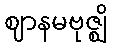
ဈာနမဗုဇ္ဈိ